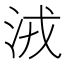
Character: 𣴛